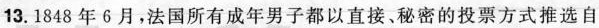
13.1848年6月，法国所有成年男子都以直接、秘密的投票方式推选自